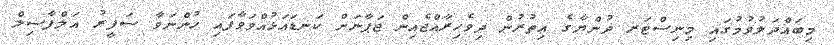
މިބައްދަލުވުމުގައި މިނިސްޓަރ ދުންޔާގެ އިތުރުން ދިވެހިރާއްޖެއިން ޖަޕާނަށް ކަނޑައަޅުއްވަވާފައި ހުންނަވާ ސަފީރު އަލްފާޟިލް